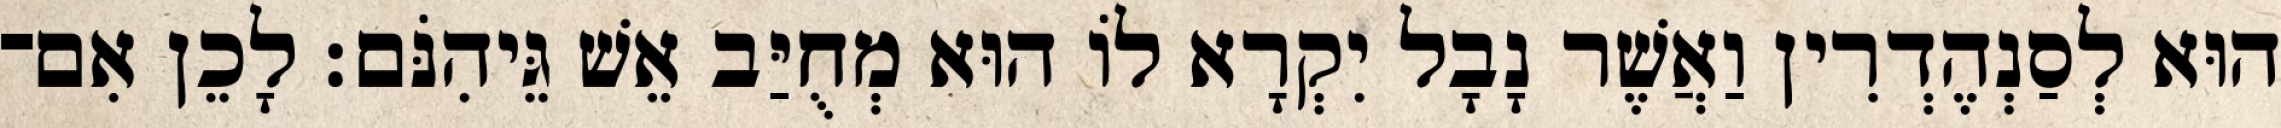
הוּא לְסַנְהֶדְרִין וַאֲשֶׁר נָבָל יִקְרָא לוֹ הוּא מְחֻיַּב אֵשׁ גֵּיהִנֹּם׃ לָכֵן אִם־